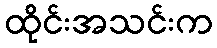
ထိုင်းအသင်းက